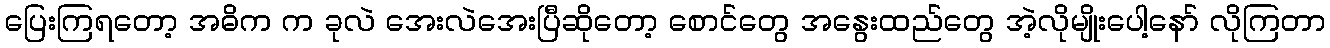
ပြေးကြရတော့ အဓိက က ခုလဲ အေးလဲအေးပြီဆိုတော့ စောင်တွေ အနွေးထည်တွေ အဲ့လိုမျိုးပေါ့နော် လိုကြတာ